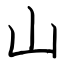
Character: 山